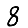
Digit: 8